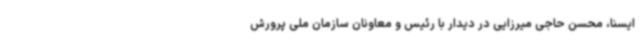
ایسنا، محسن حاجی میرزایی در دیدار با رئیس و معاونان سازمان ملی پرورش